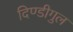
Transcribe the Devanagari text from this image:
दिण्डीगुल